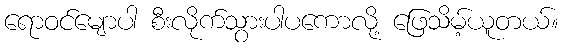
ရောဝင်မျောပါ စီးလိုက်သွားပါပကောလို့ ဖြေသိမ့်ယူတယ်။